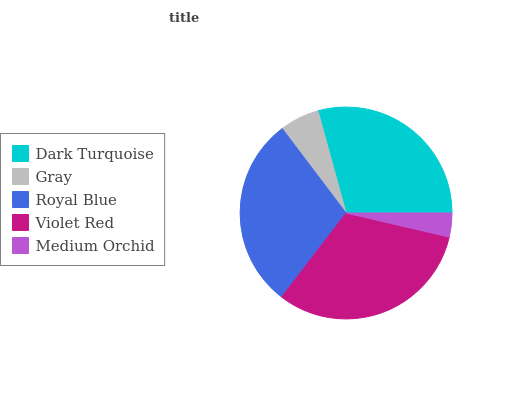
| Dark Turquoise | Gray | Royal Blue | Violet Red | Medium Orchid |
 | --- | --- | --- | --- | --- |
 | 29.3% | 6.04% | 29.3% | 31.8% | 3.64% |